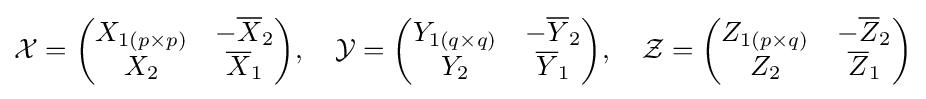
{\mathcal {X}}={\begin{pmatrix}X_{1(p\times p)}&-{\overline {X}}_{2}\\X_{2}&{\overline {X}}_{1}\end{pmatrix}},\quad {\mathcal {Y}}={\begin{pmatrix}Y_{1(q\times q)}&-{\overline {Y}}_{2}\\Y_{2}&{\overline {Y}}_{1}\end{pmatrix}},\quad {\mathcal {Z}}={\begin{pmatrix}Z_{1(p\times q)}&-{\overline {Z}}_{2}\\Z_{2}&{\overline {Z}}_{1}\end{pmatrix}}